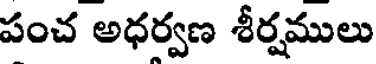
పంచ అధర్వణ శీర్షములు